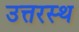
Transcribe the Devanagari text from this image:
उत्तरस्थ